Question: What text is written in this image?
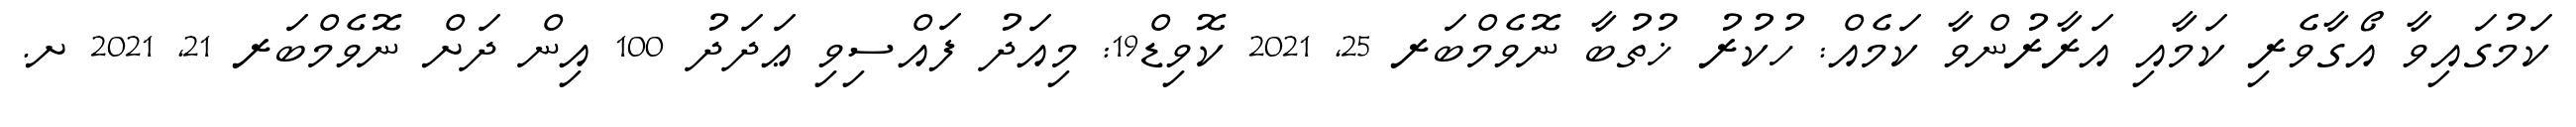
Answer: ކަމުގައިވާ އޯގާވެރި ކަމާއި އަރާރުންވާ ކަމެއް: ހުކުރު ޚުތުބާ ނޮވެމްބަރ 25, 2021 ކޮވިޑް19: މިއަދު ފައްސިވި ޢަދަދު 100 އިން ދަށް ނޮވެމްބަރ 21, 2021 ށ.